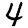
Digit: 4